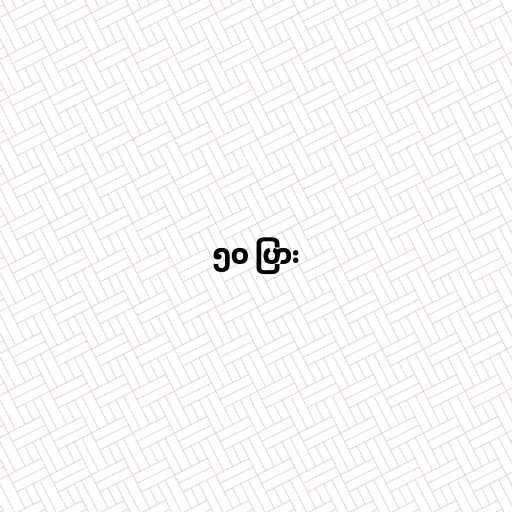
၅၀ ပြား